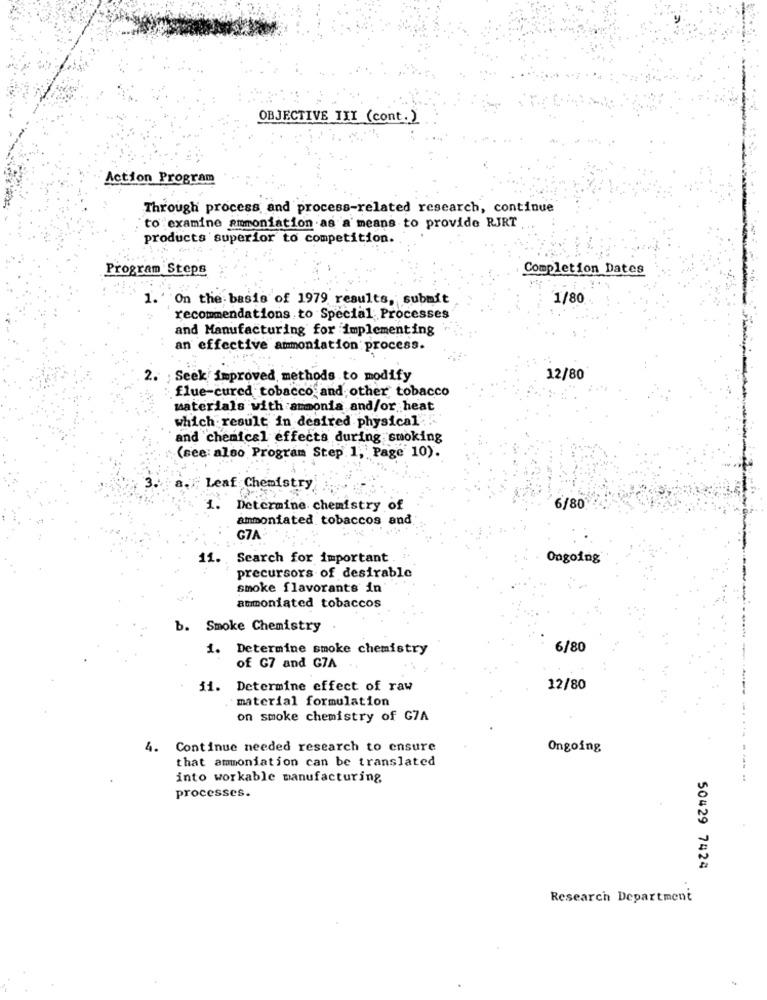
OBJECTIVE III (cont.)
Action Program
Through process and process-related research, continue
"to examine ammoniation as a means to provide RJRT
products superior to competition.
Program Steps
Completion Dates
1. ' On the basis of 1979 results, submit
1/80
recommendations to Special Processes
and Manufacturing for implementing
an effective ammoniation: process.
2. Seek improved methods to modify
12/80
flue-cured tobacco and other tobacco
materials with armonia and/or heat
which result in desired physical
and chemical effects during smoking
(see also Program Step 1, Page 10).
; Leaf Chemistry
1.
Determine chemistry of
6/80
ammoniated tobaccos and
G7A :
11.
Search for important
Ongoing
precursors of desirable
smoke flavorants in
ammoniated tobaccos
b. Smoke Chemistry
1. Determine smoke chemistry
6/80
of G7 and GZA
i1. Determine effect of raw
12/80
· material formulation
on smoke chemistry of G7A
4.
Continue needed research to ensure
Ongoing
that ammoniation can be translated
into workable manufacturing
--- ----
processes.
50429 7424
Research Department